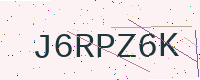
Text: J6RPZ6K